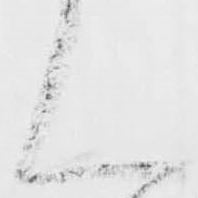
ん